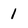
Character: 1